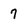
Character: 7